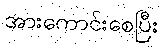
အားကောင်းစေပြီး